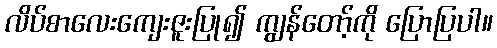
လိပ်စာလေးကျေးဇူးပြု၍ ကျွန်တော့်ကို ပြောပြပါ။